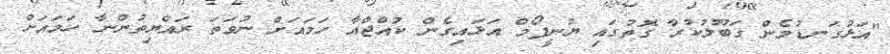
"އަޅުގަނޑުމެން ގަބޫލުކުރާ ގޮތުގައި ޔުނީފޯމް އަޅައިގެން ކުއްޖާއާ ހަމައަށް ނުވަތަ ރައްޔިތުންނާ ހަމައަށް